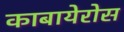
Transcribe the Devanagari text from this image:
काबायेरोस